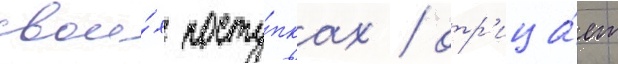
свои́х посту́пках / отр'ица́ет